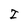
Character: I